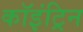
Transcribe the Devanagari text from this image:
कॉइंट्रिन